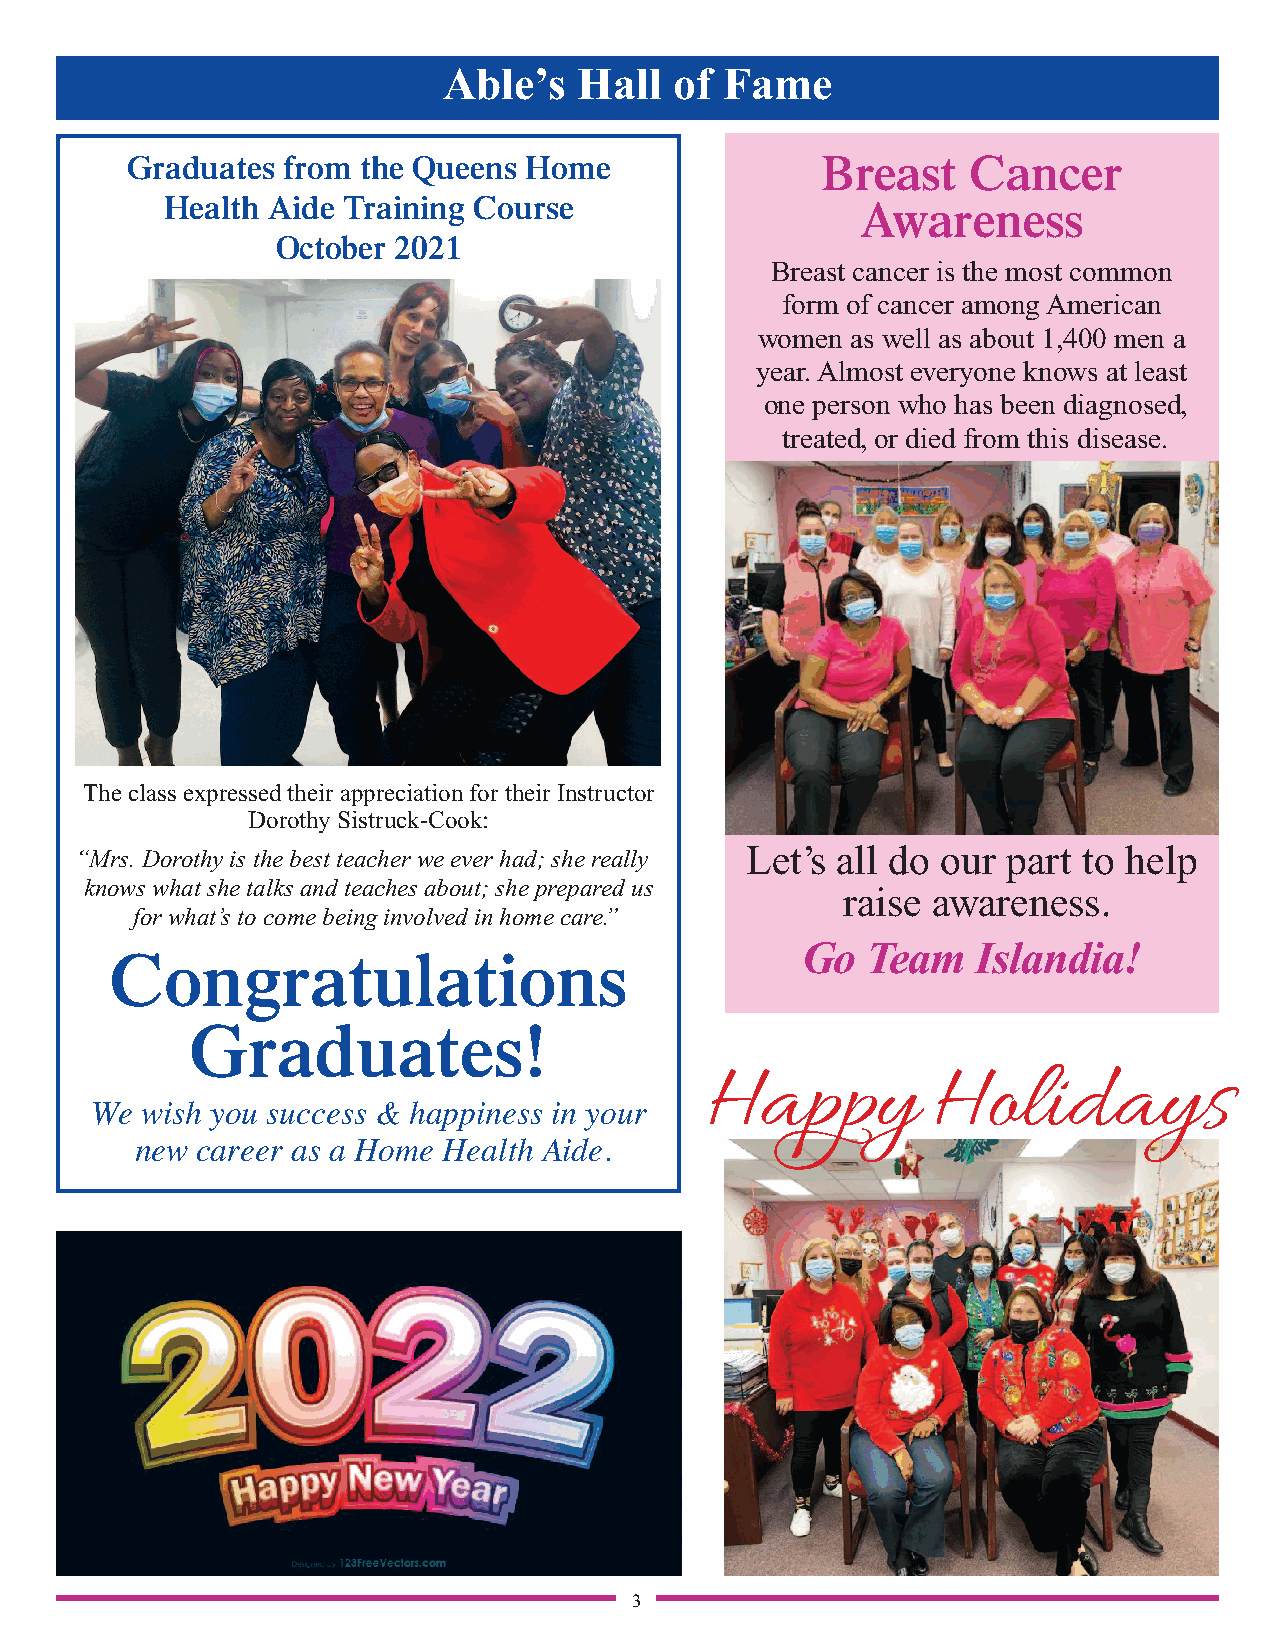
Able’s   Hall   of Fame
 Graduates  from the Queens Home               Breast    Cancer
 Health Aide Training Course                   Awareness
 October 2021
 Breast cancer is the most common
 form of cancer among American
 women as well as about 1,400 men a
 year. Almost everyone knows at least
 one person who has been diagnosed,
 treated, or died from this disease.
 The class expressed their appreciation for their Instructor
 Dorothy Sistruck-Cook:
 “Mrs. Dorothy is the best teacher we ever had; she really Let’s all do our part to help
 knows what she talks and teaches about; she prepared us
 raise awareness.
 for what’s to come being involved in home care.”
 Go  Team    Islandia!
 Congratulations
 Happy          Holidays
 Graduates!
 We wish you success & happiness in your
 new career as a Home Health Aide.
 3